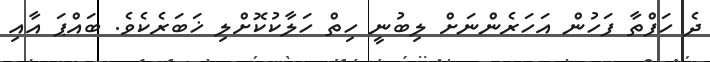
ދެ ހަފްތާ ފަހުން އަހަރެންނަށް ލިބުނީ ހިތް ހަލާކުކޮށްލި ޚަބަރެކެވެ. ބައްޕަ އާއި